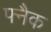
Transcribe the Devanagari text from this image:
फ्नैक